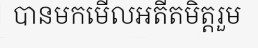
បានមកមើលអតីតមិត្តរួម